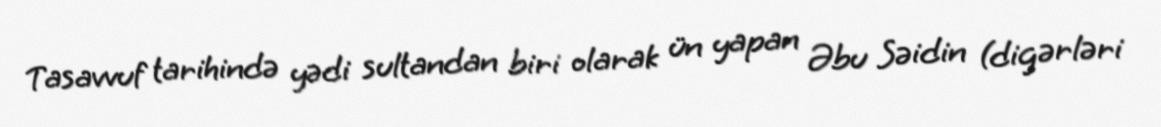
Tasavvuf tarihində yədi sultandan biri olarak ün yapan Əbu Səidin (digərləri